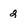
Character: 2